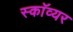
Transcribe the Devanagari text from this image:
स्काॅव्यर